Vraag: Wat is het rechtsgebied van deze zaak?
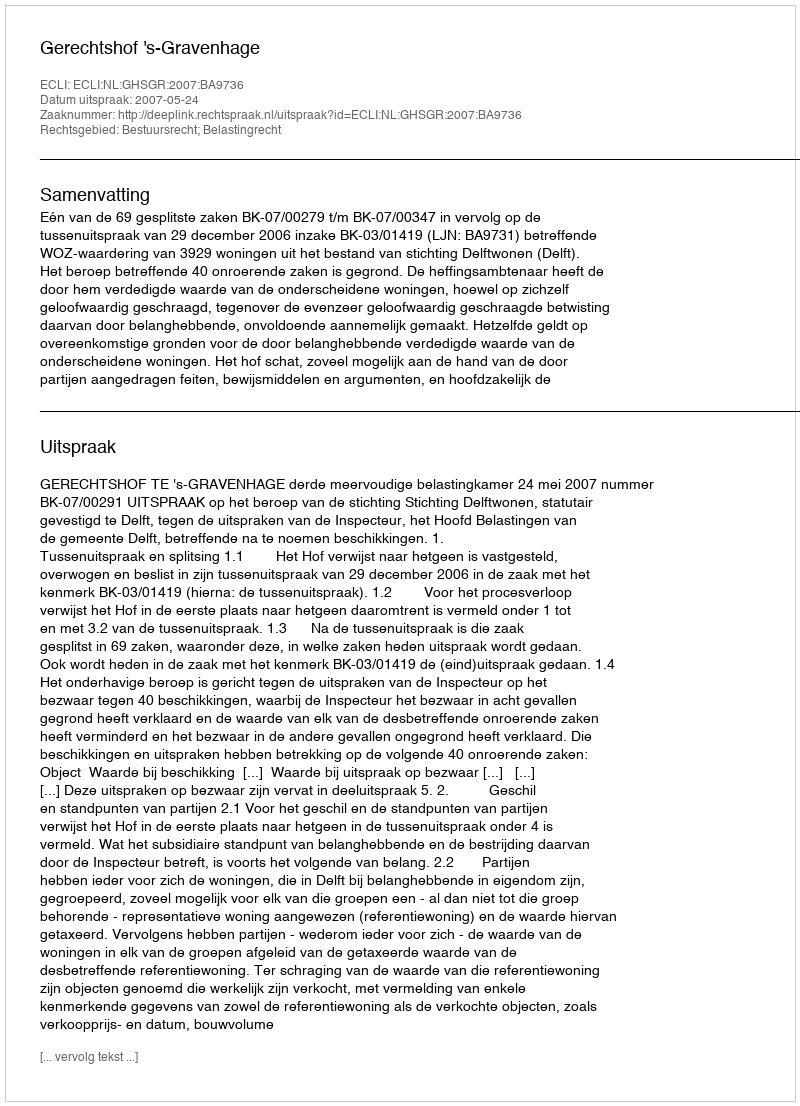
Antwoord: Bestuursrecht; Belastingrecht